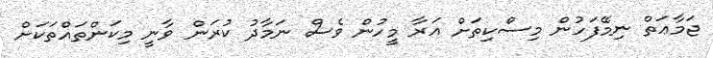
ޖަމާޢަތް ނިމޭފަހުން މިސްކިތަށް އަރާ މީހުން ވެސް ނަމާދު ކުރަން ވާނީ މިކަންތައްތަކަށް